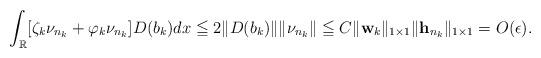
LaTeX: \begin{align*}\int_{\mathbb R} [\zeta_k \nu_{n_k} +\varphi_k \nu_{n_k}]D(b_k) dx\leqq 2\|D(b_k)\|\|\nu_{n_k} \|\leqq C \| {\bf{w}}_{k}\|_{1\times 1}\|{\bf{h}}_{n_k}\|_{1\times 1}=O(\epsilon).\end{align*}